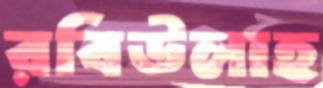
রবিউলাহ